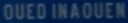
OUEDINAOUEN